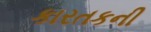
કારતકની